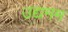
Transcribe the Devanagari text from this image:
उद्यमम